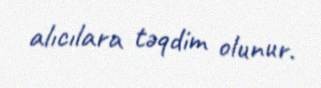
alıcılara təqdim olunur.